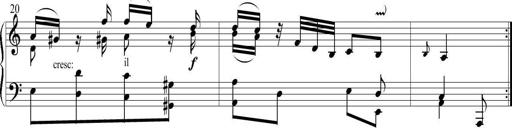
Title: 6 Leichte Sonatinen, Teil 1
Composer: F. Sigismund Sander